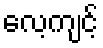
လေ့ကျင့်